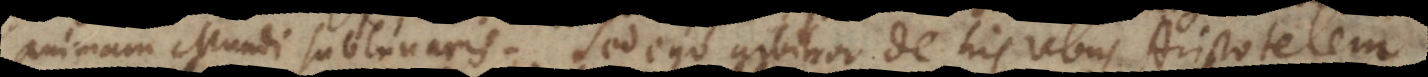
animam Mundi sublunaris. Sed ego arbitror de his rebus Aristotelem